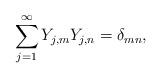
LaTeX: \begin{align*}\sum_{j=1}^\infty Y_{j,m} Y_{j,n} = \delta_{mn},\end{align*}